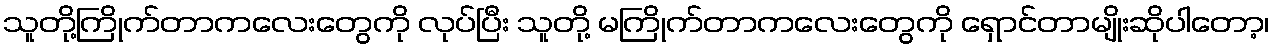
သူတို့ကြိုက်တာကလေးတွေကို လုပ်ပြီး သူတို့ မကြိုက်တာကလေးတွေကို ရှောင်တာမျိုးဆိုပါတော့၊